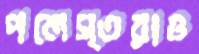
পলেস্তরাও